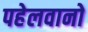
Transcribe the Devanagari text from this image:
पहेलवानो